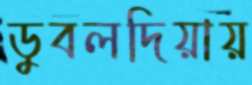
ডুবলদিয়ায়